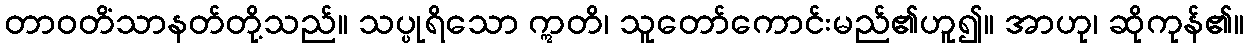
တာဝတိံသာနတ်တို့သည်။ သပ္ပုရိသော ဣတိ၊ သူတော်ကောင်းမည်၏ဟူ၍။ အာဟု၊ ဆိုကုန်၏။